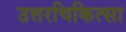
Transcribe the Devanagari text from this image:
उत्तरचिकित्सा